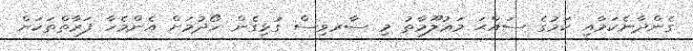
ގެންދާނެކަމާއި ކަމުގެ ސައްޙަ މަޢުލޫމާތު މި ސާރވިސް ގުޅިގެން ހޯދުމަށް އެންމެހާ ފަރާތްތަކަށް